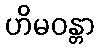
ဟိမဝန္တာ